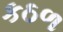
કઠળ